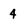
Character: 4